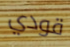
قودي